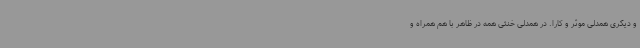
و دیگری همدلی موثر و کارا. در همدلی خنثی همه در ظاهر با هم همراه و